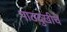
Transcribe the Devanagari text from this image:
पाठदुखीचे